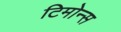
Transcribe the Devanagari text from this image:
टिमोन्स